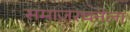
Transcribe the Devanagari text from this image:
समाजरचनेला